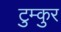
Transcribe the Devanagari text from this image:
टुम्कुर